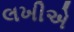
લખીએ